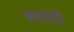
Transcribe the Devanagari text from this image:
नाणेही